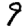
Digit: 9